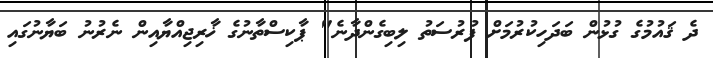
ދެ ޤައުމުގެ ގުޅުން ބަދަހިކުރުމަށް ފުރުސަތު ލިބިގެންދާނެ" ޕާކިސްތާނުގެ ޚާރިޖިއްޔާއިން ނެރުނު ބަޔާނުގައި